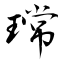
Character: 瑺